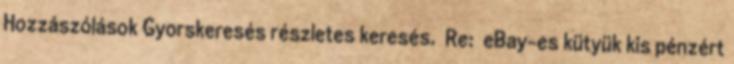
Hozzászólások Gyorskeresés részletes keresés. Re: eBay-es kütyük kis pénzért